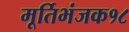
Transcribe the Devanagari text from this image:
मूर्तिभंजक१८